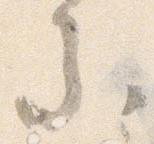
参